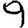
Digit: 9